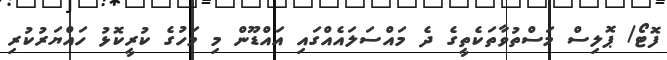
ފޮޓޯ/ ޕޮލިސް މަސްތުވާތަކެތީގެ ދެ މައްސަލައެއްގައި އައްޑޫން މި މަހުގެ ކުރީކޮޅު ހައްޔަރުކުރި